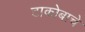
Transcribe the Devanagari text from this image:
टाकोबाचे